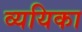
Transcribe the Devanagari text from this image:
व्ययिका